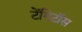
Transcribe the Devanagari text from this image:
टेंगिटॉस